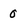
Character: 0